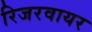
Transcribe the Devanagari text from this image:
रिजरवायर